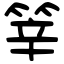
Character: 𥭴